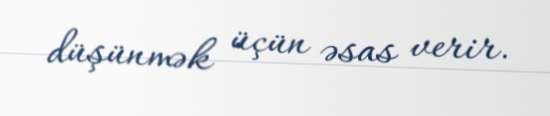
düşünmək üçün əsas verir.